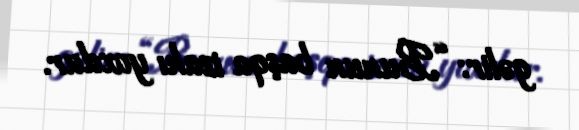
gəlir: “Bunun başqa izahı yoxdur.